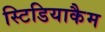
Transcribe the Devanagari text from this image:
स्टिडियाकैम